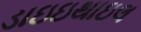
ડાઇઇથાઇલ